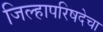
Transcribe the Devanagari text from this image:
जिल्हापरिषदेचा